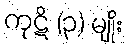
ကုဋိ (၃) မျိုး